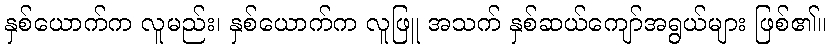
နှစ်ယောက်က လူမည်း၊ နှစ်ယောက်က လူဖြူ အသက် နှစ်ဆယ်ကျော်အရွယ်များ ဖြစ်၏။